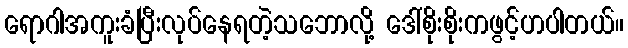
ရောဂါအကူးခံပြီးလုပ်နေရတဲ့သဘောလို့ ဒေါ်စိုးစိုးကဖွင့်ဟပါတယ်။